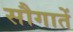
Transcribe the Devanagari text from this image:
सौगातें